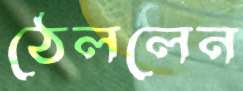
ঠেললেন